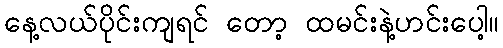
နေ့လယ်ပိုင်းကျရင် တော့ ထမင်းနဲ့ဟင်းပေါ့။